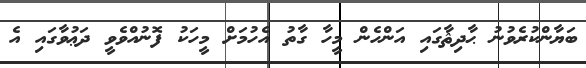
ބަޔާންކުރެވުނު ޙާދިޘާގައި އަންހެން މީހާ ގާތު އެހުމަށް މީހަކު ފޮނުއްވެވީ ދަޢުވާގައި އެ